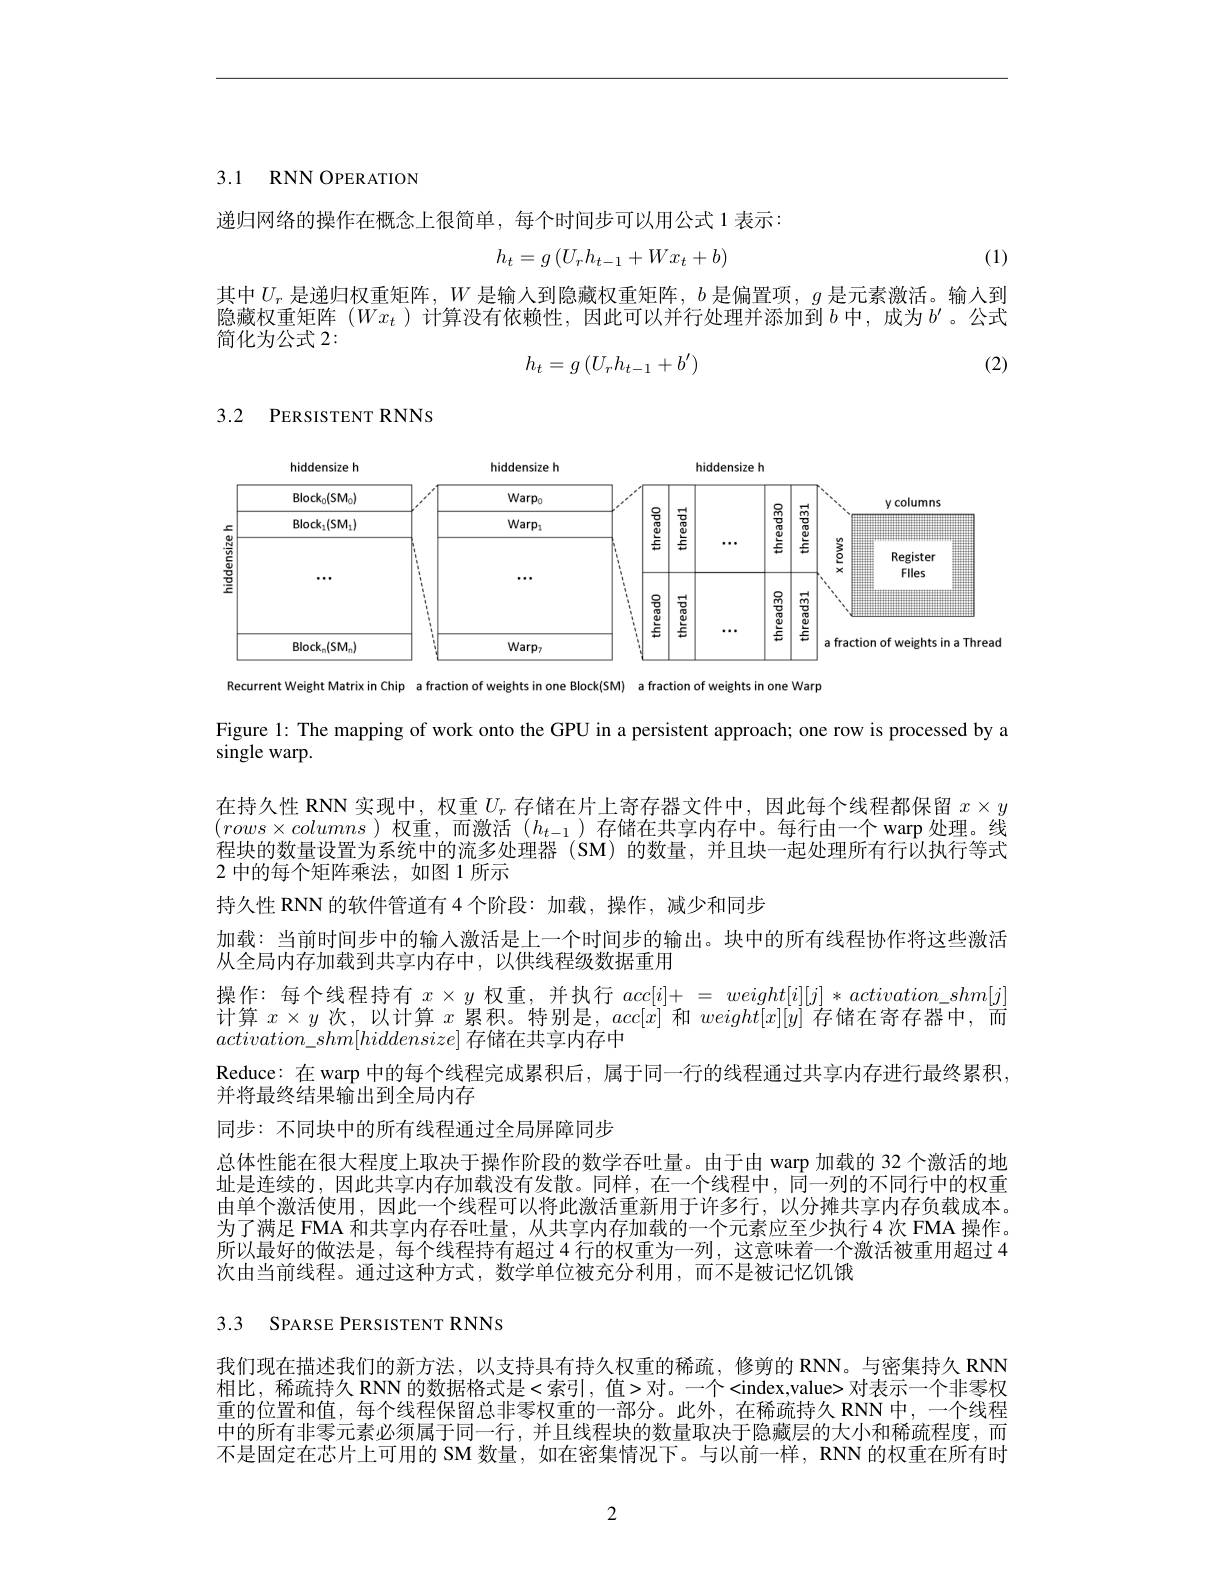
3.1 RNN OPERATION

递归网络的操作在概念上很简单，每个时间步可以用公式 1 表示：
$$h_t=g\left(U_rh_{t-1}+Wx_t+b\right)$$
(1)

其中$U_r$ 是递归权重矩阵，$W$是输人到隐藏权重矩阵，$b$ 是偏置项，$g$ 是元素激活。输人到隐藏权重矩阵$(Wx_t$ )计算没有依赖性，因此可以并行处理并添加到$\bar{b}$ 中 , 成 为 $b^{\prime }$。公式简化为公式 2:
$$h_t=g\left(U_rh_{t-1}+b'\right)$$
(2)

<FigureHere>

Recurrent Weight Matrix in Chip a fraction of weights in one Block(SM) a fraction of weights in one Warp

Figure l: The mapping of work onto the GPU in a persistent approach; one row is processed by a

$\operatorname{single}$ warp.

在持久性 RNN 实现中，权重$U_r$存储在片上寄存器文件中，因此每个线程都保留$x\times y$ $(rows\times columns)$权重，而激活$(h_t-1)$存储在共享内存中。每行由一个$\operatorname{warp}$处理。线程块的数量设置为系统中的流多处理器 (SM)的数量，并且块一起处理所有行以执行等式2 中的每个矩阵乘法，如图 1 所示
持久性 RNN 的软件管道有 4 个阶段：加载，操作，减少和同步
加载：当前时间步中的输人激活是上一个时间步的输出。块中的所有线程协作将这些激活
从全局内存加载到共享内存中，以供线程级数据重用
操作：每个线程持有$x\times y$权重，并执行$acc[i]+=weight[i][j]*activation\_shm[j]$ 计算$x\times y$次，以计算$x$累积。特别是$,acc[x]$和$weight[x][y]$存储在寄存器中，而$activation\_shm[hiddensize]$存储在共享内存中
Reduce:在 warp 中的每个线程完成累积后，属于同一行的线程通过共享内存进行最终累积，
并将最终结果输出到全局内存
同步：不同块中的所有线程通过全局屏障同步
总体性能在很大程度上取决于操作阶段的数学吞吐量。由于由 warp 加载的 32 个激活的地址是连续的，因此共享内存加载没有发散。同样，在一个线程中，同一列的不同行中的权重由单个激活使用，因此一个线程可以将此激活重新用于许多行，以分摊共享内存负载成本。为了满足 FMA 和共享内存吞吐量，从共享内存加载的一个元素应至少执行4次 FMA 操作。所以最好的做法是，每个线程持有超过4行的权重为一列，这意味着一个激活被重用超过 4次由当前线程。通过这种方式，数学单位被充分利用，而不是被记忆饥饿

## 3.3 SPARSE PERSISTENT RNNS

我们现在描述我们的新方法，以支持具有持久权重的稀疏，修剪的 RNN。与密集持久 RNN 相比，稀疏持久 RNN 的数据格式是<索引，值>对。一个<index,value> 对表示一个非零权重的位置和值，每个线程保留总非零权重的一部分。此外，在稀疏持久 RNN 中，一个线程中的所有非零元素必须属于同一行，并且线程块的数量取决于隐藏层的大小和稀疏程度，而不是固定在芯片上可用的 SM 数量，如在密集情况下。与以前一样，RNN 的权重在所有时

2